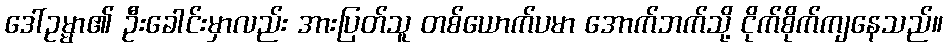
ဒေါ်ဥမ္မာ၏ ဦးခေါင်းမှာလည်း အားပြတ်သူ တစ်ယောက်ပမာ အောက်ဘက်သို့ ငိုက်စိုက်ကျနေသည်။